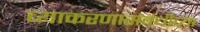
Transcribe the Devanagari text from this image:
व्याकरणासंबंधीच्या